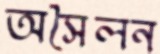
অসৈলন